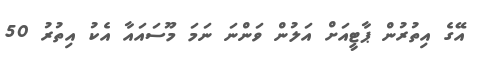
އޭގެ އިތުރުން ޕާޓީއަށް އަލުން ވަންނަ ނަމަ މޫސައައާ އެކު އިތުރު 50